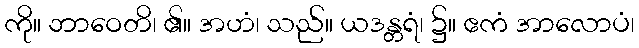
ကို။ ဘာဝေတိ၊ ၏။ အဟံ၊ သည်။ ယဒန္တရံ၊ ၌။ ဧကံ အာလောပံ၊